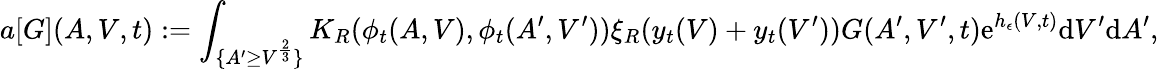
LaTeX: a[G](A,V,t):=\int_{\{ A^{\prime}\geq V^{\frac{2}{3}}\} }K_{R}(\phi_{t}(A,V),\phi_{t}(A^{\prime},V^{\prime}))\xi_{R}(y_{t}(V)+y_{t}(V^{\prime}))G(A^{\prime},V^{\prime},t)\textup{e}^{h_{\epsilon}(V,t)}\textup{d}V^{\prime}\textup{d}A^{\prime},